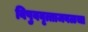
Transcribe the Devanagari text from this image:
विषुववृत्ताजवळचा